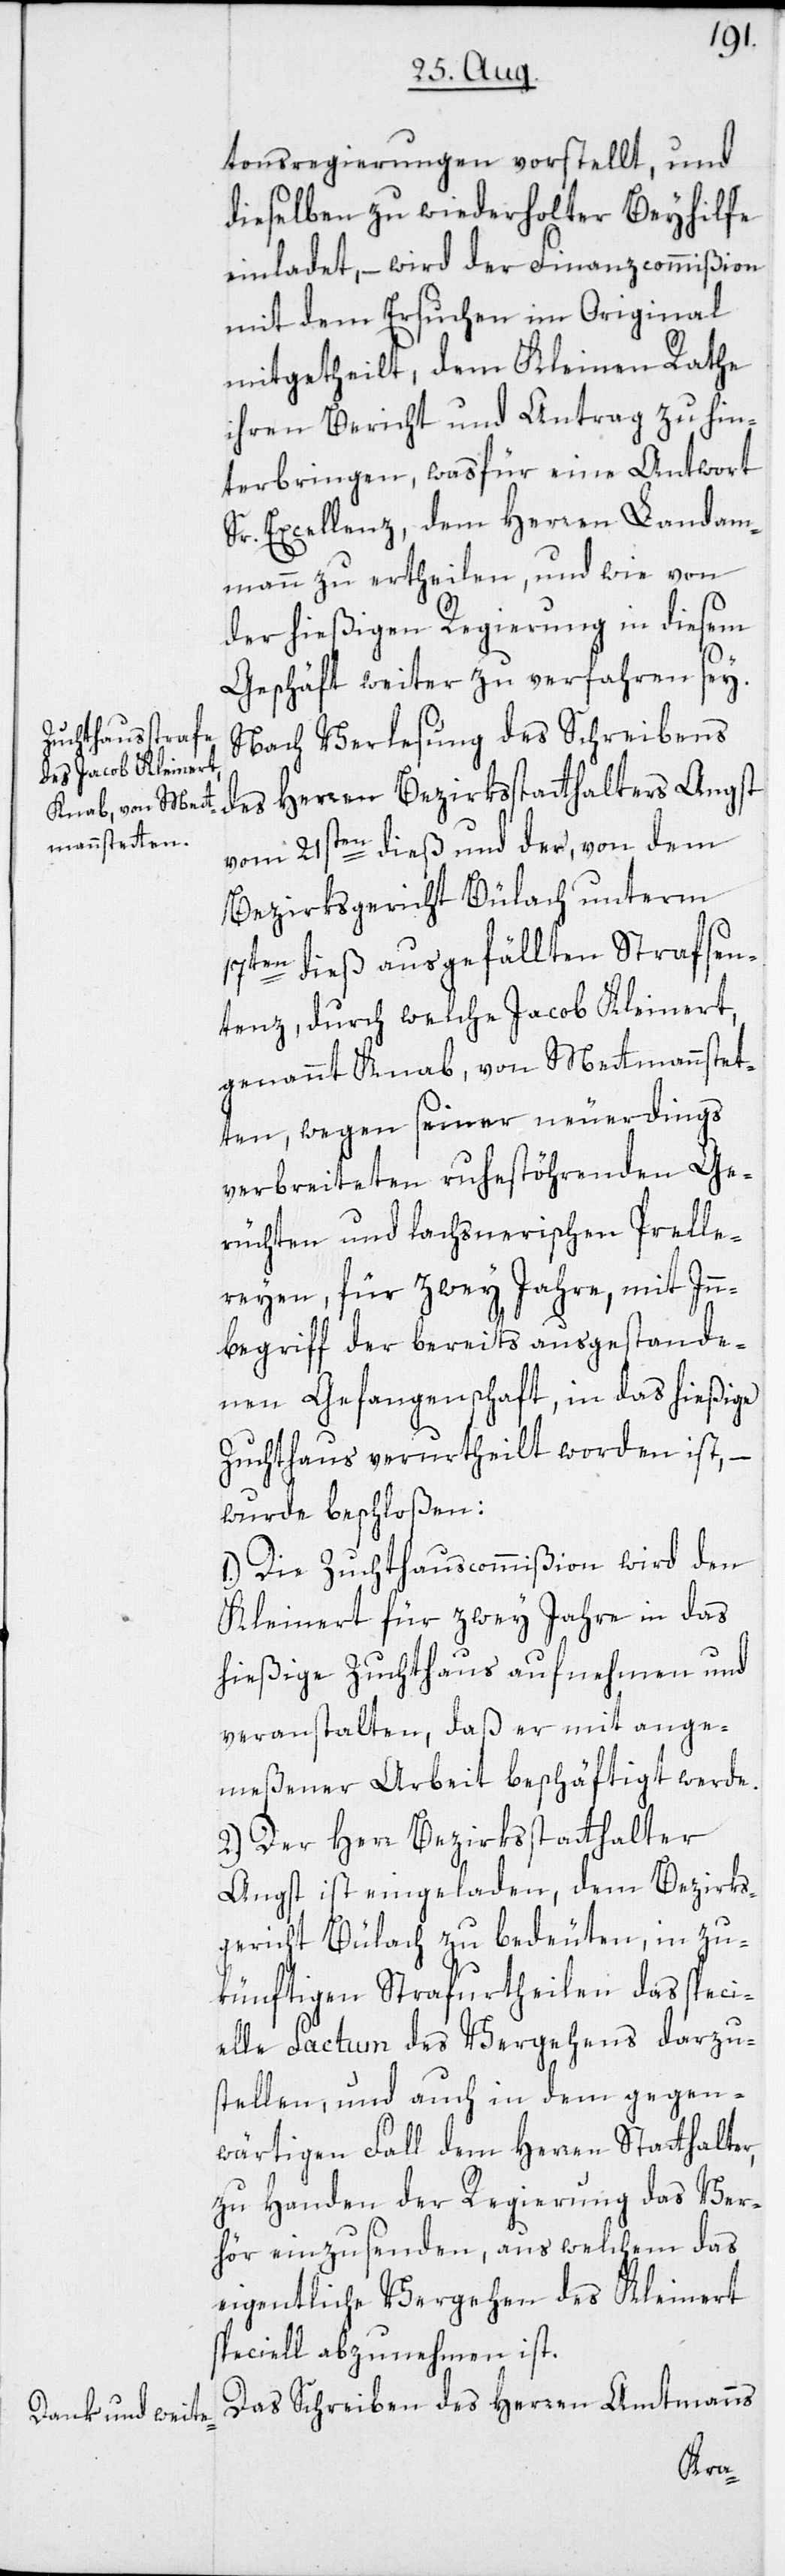
tonsregierungen vorstellt, und
dieselben zu wiederholter Beyhilfe
einladet, – wird der Finanzcommißion
mit dem Ersuchen im Original
mitgetheilt, dem Kleinen Rathe
ihren Bericht und Antrag zu hin¬
terbringen, was für eine Antwort
Sr. Excellenz, dem Herren Landam¬
mann zu ertheilen, und wie von
der hießigen Regierung in diesem
Geschäft weiter zu verfahren sey.
Nach Verlesung des Schreibens
des Herren Bezirksstatthalters Angst
vom 21sten dieß und der, von dem
Bezirksgericht Bülach unterm
17ten dieß ausgefällten Strafsen¬
tenz, durch welche Jacob Kleinert,
genannt Knab, von Mettmannstet¬
ten, wegen seiner neuerdings
verbreiteten ruhestöhrenden Ge¬
rüchten und lachsnerischen Prelle¬
reyen, für zwey Jahre, mit Inn¬
begriff der bereits ausgestande¬
nen Gefangenschaft, in das hießige
Zuchthaus verurtheilt worden ist, –
wurde beschloßen:
1.) Die Zuchthauscommißion wird den
Kleinert für zwey Jahre in das
hießige Zuchthaus aufnehmen und
veranstalten, daß er mit ange¬
meßener Arbeit beschäftigt werde.
2.) Der Herr Bezirksstatthalter
Angst, ist eingeladen, dem Bezirks¬
gericht Bülach zu bedeuten, in zu¬
künftigen Strafurtheilen das speci¬
elle Factum des Vergehens darzu¬
stellen, und auch in dem gegen¬
wärtigen Fall dem Herren Statthalter,
zu Handen der Regierung das Ver¬
hör einzusenden, aus welchem das
eigentliche Vergehen des Kleinert
speciell abzunehmen ist.
Das Schreiben des Herren Amtmanns